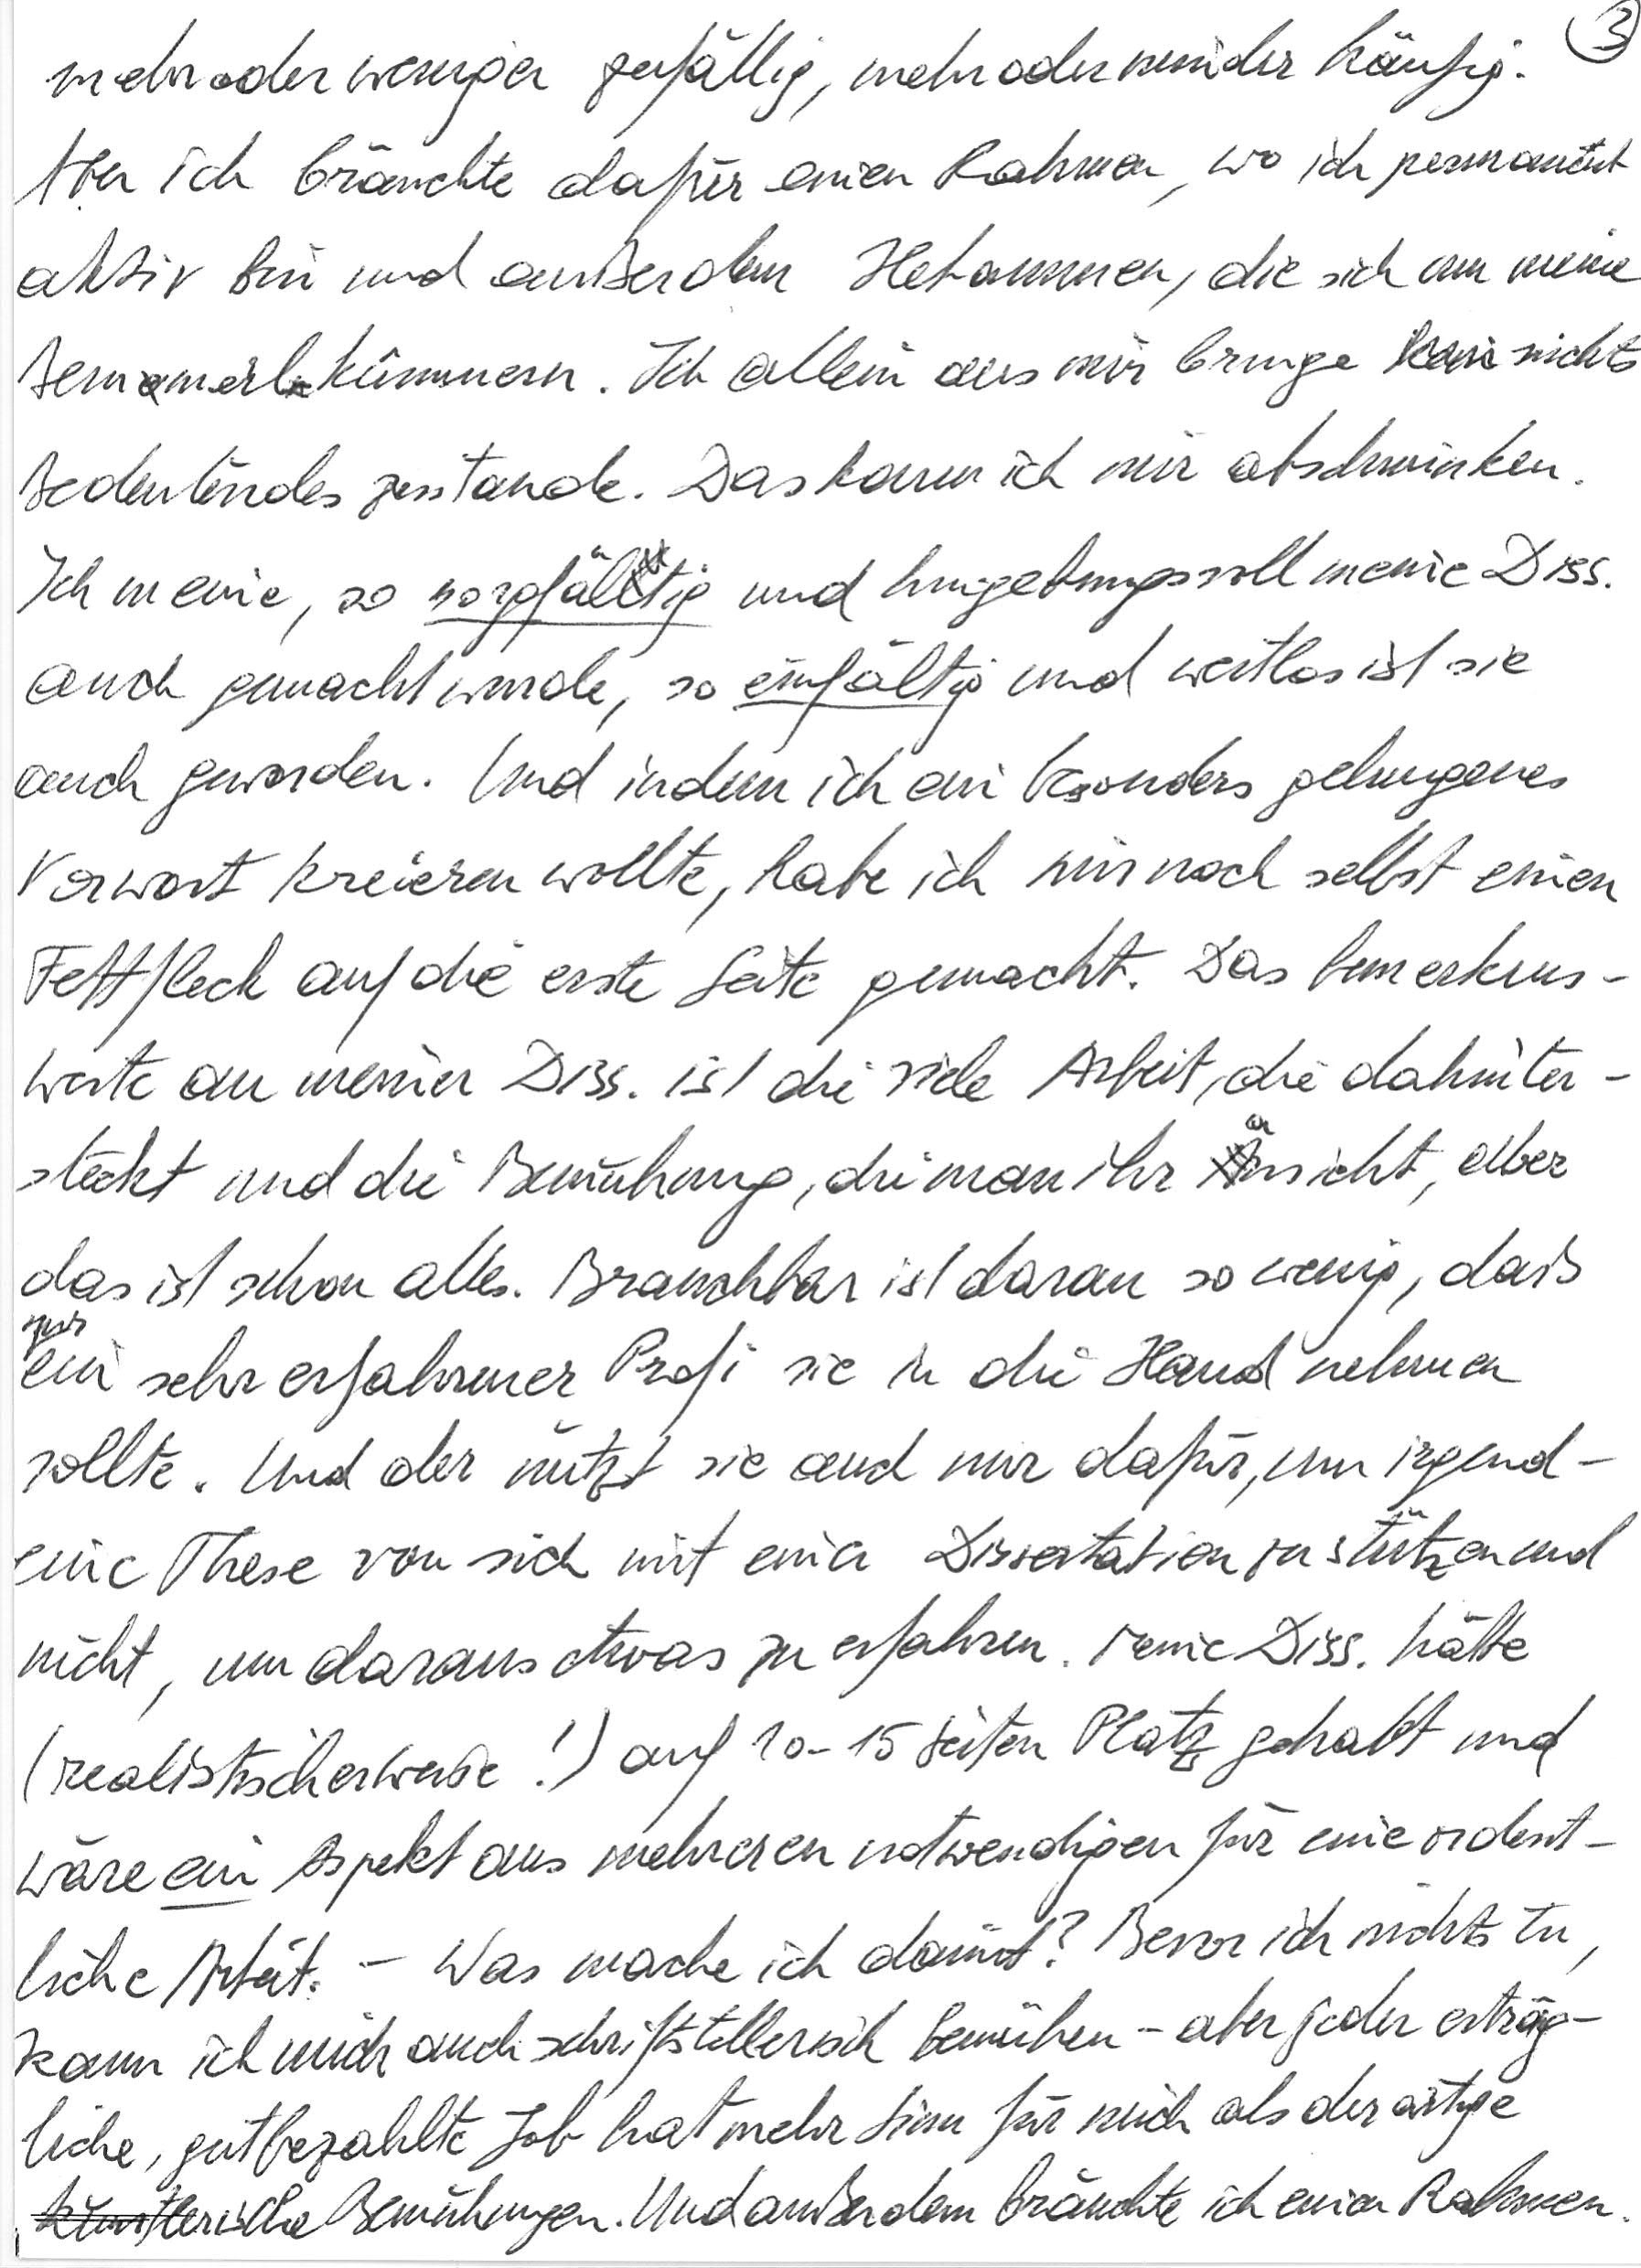
mehr oder weniger zufällig, mehr oder minder häufig.
Aber ich bräuchte dafür einen Rahmen, wo ich permanent
aktiv bin und außerdem Hebammen, die sich um meine
Bemmerl kümmern. Ich allein aus mir bringe nichts
Bedeutendes zustande. Das kann ich mir abschminken.
Ich meine, so sorgfältig und hingebungsvoll meine Diss.
auch gemacht wurde, so einfältig und wertlos ist sie
auch geworden. Und indem ich ein besonders gelungenes
Vorwort kreieren wollte, habe ich mir noch selbst einen
Fettfleck auf die erste Seite gemacht. Das bemerkens-
werte an meiner Diss. ist die viele Arbeit, die dahinter-
steckt und die Bemühung, die man ihr ansieht, aber
das ist schon alles. Brauchbar ist daran so wenig, daß
nur ein sehr erfahrener Profi sie in die Hand nehmen
sollte. Und der nützt sie auch nur dafür, um irgend-
eine These von sich mit einer Dissertation zu stützen und
nicht, um daraus etwas zu erfahren. Meine Diss. hätte
(realistischerweise!) auf 10 – 15 Seiten Platz gehabt und
wäre ein Aspekt aus mehreren notwendigen für eine ordent-
liche Arbeit. – Was mache ich damit? Bevor ich nichts tu,
kann ich mich auch schriftstellerisch bemühen – aber jeder erträg-
liche, gut bezahlte Job hat mehr Sinn für mich als derartige
künstlerische Bemühungen. Und außerdem bräuchte ich einen Rahmen.